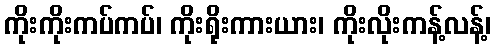
ကိုးကိုးကပ်ကပ်၊ ကိုးရိုးကားယား၊ ကိုးလိုးကန့်လန့်၊